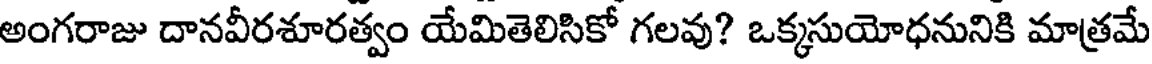
అంగరాజు దానవీరశూరత్వం యేమితెలిసికో గలవు? ఒక్కసుయోధనునికి మాత్రమే